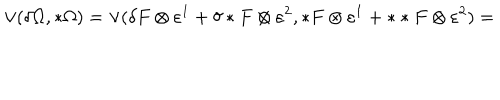
\vee ( \delta \Omega , * \Omega ) = \vee ( \delta F \otimes \varepsilon ^ { 1 } + \delta * F \otimes \varepsilon ^ { 2 } , * F \otimes \varepsilon ^ { 1 } + * * F \otimes \varepsilon ^ { 2 } ) =